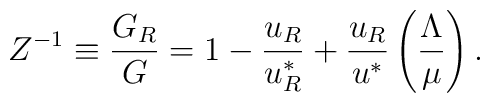
Z^{-1}\equiv\frac{G_R}{G}=1-\frac{u_R}{u_R^*}+\frac{u_R}{u^*}\left(\frac{\Lambda}{\mu}\right).